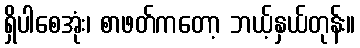
ရှိပါစေအုံး၊ စာဖတ်ကတော့ ဘယ့်နှယ်တုန်း။